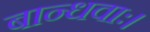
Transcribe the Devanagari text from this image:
बान्धवाः।